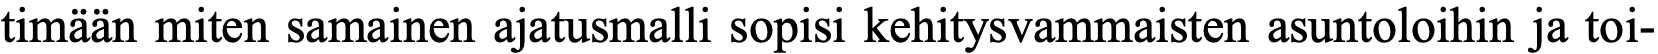
timään miten samainen ajatusmalli sopisi kehitysvammaisten asuntoloihin ja toi-